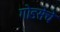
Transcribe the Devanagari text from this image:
गोडसेचे